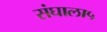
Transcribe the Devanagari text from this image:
संघाला५